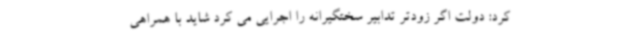
کرد: دولت اگر زودتر تدابیر سختگیرانه را اجرایی می کرد شاید با همراهی